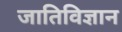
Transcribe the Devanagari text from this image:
जातिविज्ञान